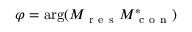
\varphi = \arg ( M _ { \mathrm { ~ r ~ e ~ s ~ } } M _ { \mathrm { ~ c ~ o ~ n ~ } } ^ { * } )